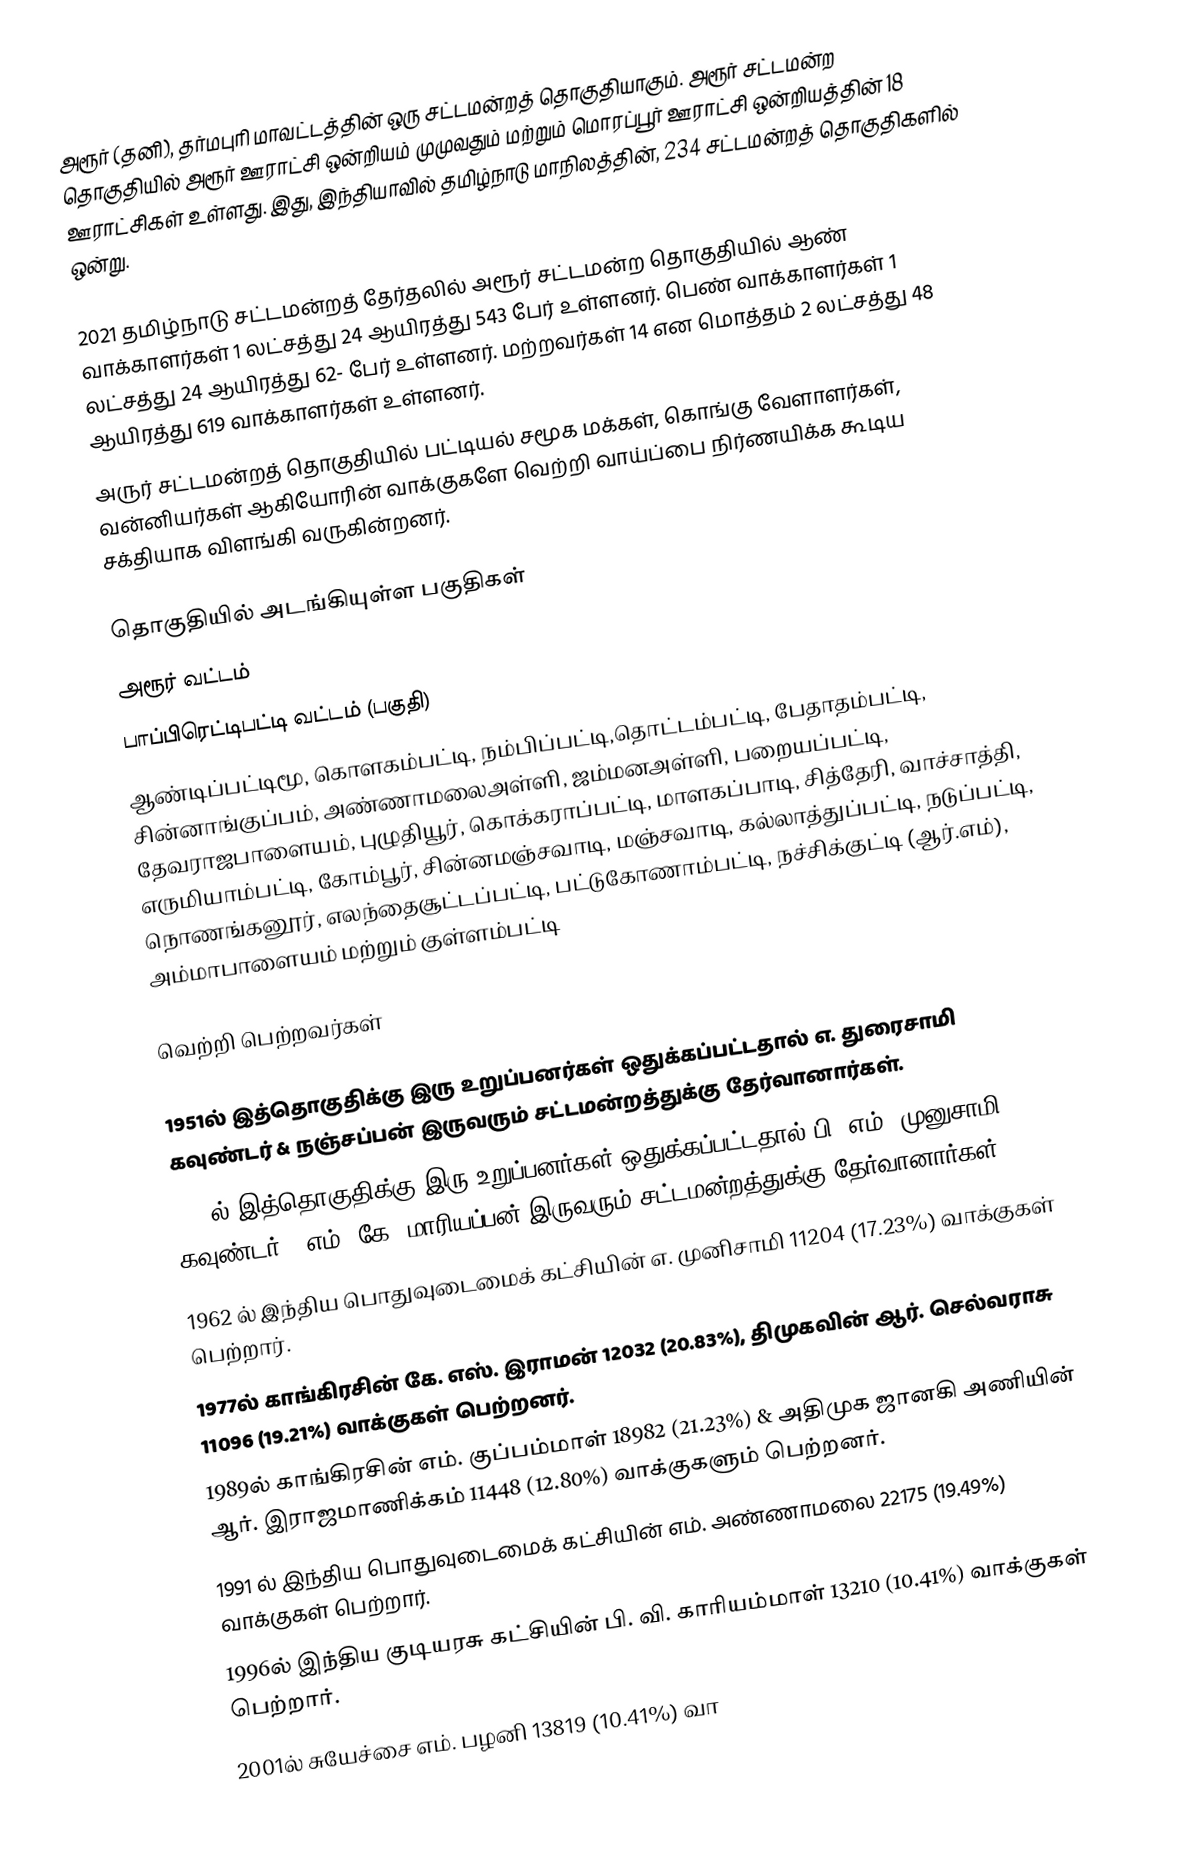
அரூர் (தனி), தர்மபுரி மாவட்டத்தின் ஒரு சட்டமன்றத் தொகுதியாகும். அரூர் சட்டமன்ற தொகுதியில் அரூர் ஊராட்சி ஒன்றியம் முமுவதும் மற்றும் மொரப்பூர் ஊராட்சி ஒன்றியத்தின் 18 ஊராட்சிகள் உள்ளது. இது, இந்தியாவில் தமிழ்நாடு மாநிலத்தின், 234 சட்டமன்றத் தொகுதிகளில் ஒன்று.

2021 தமிழ்நாடு சட்டமன்றத் தேர்தலில் அரூர் சட்டமன்ற தொகுதியில் ஆண் வாக்காளர்கள் 1 லட்சத்து 24 ஆயிரத்து 543 பேர் உள்ளனர். பெண் வாக்காளர்கள் 1 லட்சத்து 24 ஆயிரத்து 62- பேர் உள்ளனர். மற்றவர்கள் 14 என மொத்தம் 2 லட்சத்து 48 ஆயிரத்து 619 வாக்காளர்கள் உள்ளனர்.
அருர் சட்டமன்றத் தொகுதியில் பட்டியல் சமூக மக்கள், கொங்கு வேளாளர்கள், வன்னியர்கள் ஆகியோரின் வாக்குகளே வெற்றி வாய்ப்பை நிர்ணயிக்க கூடிய சக்தியாக விளங்கி வருகின்றனர்.

தொகுதியில் அடங்கியுள்ள பகுதிகள்
அரூர் வட்டம்
பாப்பிரெட்டிபட்டி வட்டம் (பகுதி)
ஆண்டிப்பட்டிமூ, கொளகம்பட்டி, நம்பிப்பட்டி,தொட்டம்பட்டி, பேதாதம்பட்டி, சின்னாங்குப்பம், அண்ணாமலைஅள்ளி, ஜம்மனஅள்ளி, பறையப்பட்டி, தேவராஜபாளையம், புழுதியூர், கொக்கராப்பட்டி, மாளகப்பாடி, சித்தேரி, வாச்சாத்தி, எருமியாம்பட்டி, கோம்பூர், சின்னமஞ்சவாடி, மஞ்சவாடி, கல்லாத்துப்பட்டி, நடுப்பட்டி, நொணங்கனூர், எலந்தைசூட்டப்பட்டி, பட்டுகோணாம்பட்டி, நச்சிக்குட்டி (ஆர்.எம்), அம்மாபாளையம் மற்றும் குள்ளம்பட்டி

வெற்றி பெற்றவர்கள்

 1951ல் இத்தொகுதிக்கு இரு உறுப்பனர்கள் ஒதுக்கப்பட்டதால் எ. துரைசாமி கவுண்டர் & நஞ்சப்பன் இருவரும் சட்டமன்றத்துக்கு  தேர்வானார்கள்.
 1957ல் இத்தொகுதிக்கு இரு உறுப்பனர்கள் ஒதுக்கப்பட்டதால் பி. எம். முனுசாமி கவுண்டர் & எம். கே. மாரியப்பன் இருவரும் சட்டமன்றத்துக்கு  தேர்வானார்கள்.
 1962 ல் இந்திய பொதுவுடைமைக் கட்சியின் எ. முனிசாமி 11204 (17.23%) வாக்குகள் பெற்றார்.
 1977ல் காங்கிரசின் கே. எஸ். இராமன் 12032 (20.83%), திமுகவின் ஆர். செல்வராசு 11096 (19.21%) வாக்குகள் பெற்றனர்.
 1989ல் காங்கிரசின் எம். குப்பம்மாள் 18982 (21.23%) & அதிமுக ஜானகி அணியின் ஆர். இராஜமாணிக்கம் 11448 (12.80%) வாக்குகளும் பெற்றனர்.
 1991 ல் இந்திய பொதுவுடைமைக் கட்சியின் எம். அண்ணாமலை 22175 (19.49%) வாக்குகள் பெற்றார்.
 1996ல் இந்திய குடியரசு கட்சியின் பி. வி. காரியம்மாள் 13210 (10.41%) வாக்குகள் பெற்றார்.
 2001ல் சுயேச்சை எம். பழனி 13819 (10.41%) வா